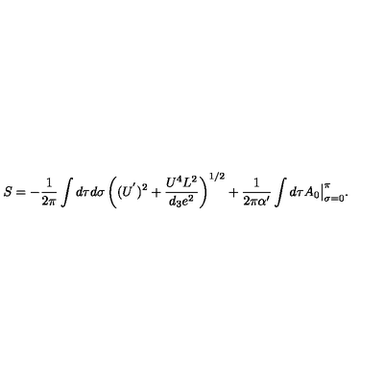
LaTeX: S = - { \frac { 1 } { 2 \pi } } \int d \tau d \sigma \left( ( U ^ { ' } ) ^ { 2 } + \frac { U ^ { 4 } L ^ { 2 } } { d _ { 3 } e ^ { 2 } } \right) ^ { 1 / 2 } + { \frac { 1 } { 2 \pi \alpha ^ { \prime } } } \int d \tau A _ { 0 } \big \vert _ { \sigma = 0 } ^ { \pi } .